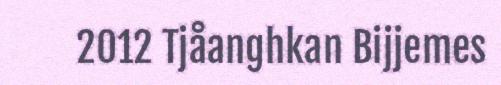
2012 Tjåanghkan Bijjemes